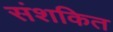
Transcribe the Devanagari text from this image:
संशकित